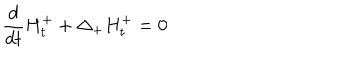
LaTeX: \frac { d } { d t } H _ { t } ^ { + } + \Delta _ { + } H _ { t } ^ { + } = 0